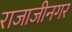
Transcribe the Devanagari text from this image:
राजाजीनगर